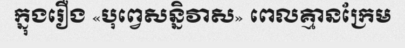
ក្នុងរឿង «បុព្វេសន្និវាស» ពេលគ្មានក្រែម